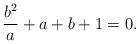
LaTeX: \begin{align*}\frac{b^2}a+a+b+1=0.\end{align*}